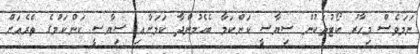
ނަމަވެސް މިހާރު ކޯޓުތަކުން ސިޔާސީ ކަންކަމާ ބެހެމުންދާ ކަމަށާއި ސިޔާސީ ކަންކަމުގެ ތެރެއަށް